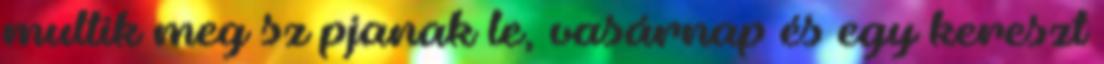
multik meg sz pjanak le, vasárnap és egy kereszt